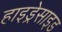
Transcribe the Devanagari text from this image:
हाइड्रेसाइड